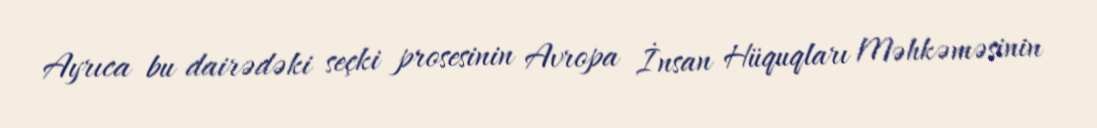
Ayrıca bu dairədəki seçki prosesinin Avropa İnsan Hüquqları Məhkəməsinin